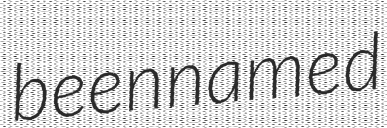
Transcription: been named